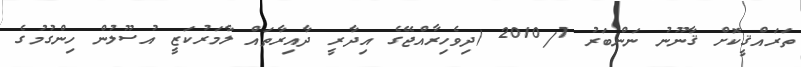
ތަރައްޤީކޮށް ޤާނޫނު ނަންބަރު 2010/7 (ދިވެހިރާއްޖޭގެ އިދާރީ ދާއިރާތައް ލާމަރުކަޒީ އުސޫލުން ހިންގުމުގެ